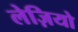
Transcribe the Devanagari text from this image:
लेज़ियो